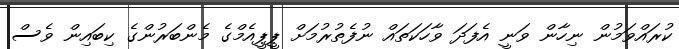
ކުރައްވަމުން ނިހާން ވަނީ އެފަދަ ވާހަކަތައް ނުފެތުރުމަށް ޕީޕީއެމްގެ މެންބަރުންގެ ކިބައިން ވެސް